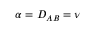
\alpha = D _ { A B } = \nu